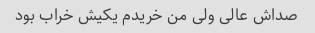
صداش عالی ولی من خریدم یکیش خراب بود